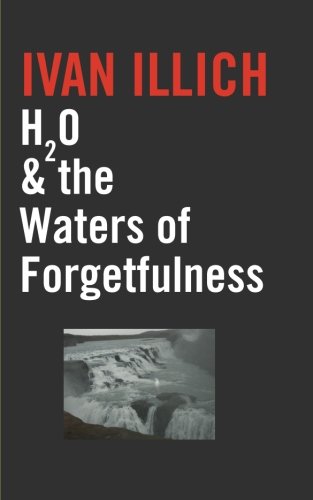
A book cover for H2O and the Waters of Forgetfulness (Open Forum); Ivan Illich; Politics & Social Sciences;